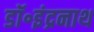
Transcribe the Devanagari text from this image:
डॉ॰इंद्रनाथ